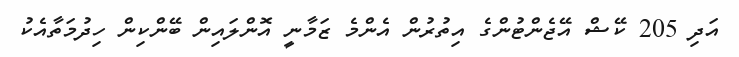
އަދި 205 ކޭޝް އޭޖެންޓުންގެ އިތުރުން އެންމެ ޒަމާނީ އޮންލައިން ބޭންކިން ހިދުމަތާއެކު